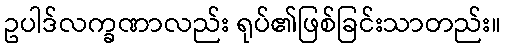
ဥပါဒ်လက္ခဏာလည်း ရုပ်၏ဖြစ်ခြင်းသာတည်း။